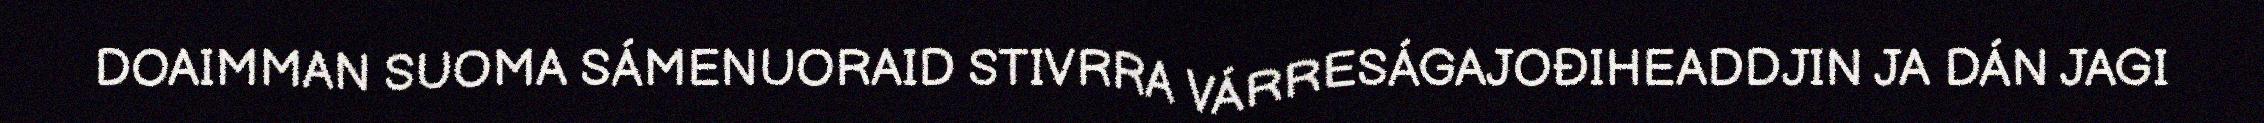
DOAIMMAN SUOMA SÁMENUORAID STIVRRA VÁRRESÁGAJOĐIHEADDJIN JA DÁN JAGI